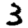
Digit: 3